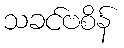
သခင်ဗစိန်